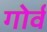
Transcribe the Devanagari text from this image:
गोर्व